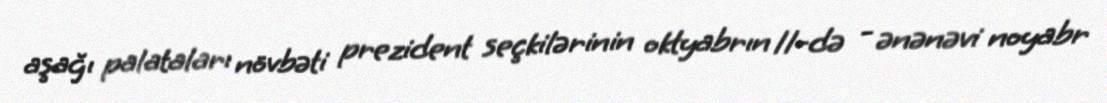
aşağı palataları növbəti prezident seçkilərinin oktyabrın 11-də - ənənəvi noyabr